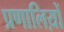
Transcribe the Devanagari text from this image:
प्रणालिय़ों